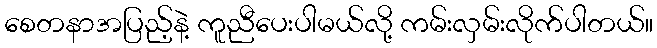
စေတနာအပြည့်နဲ့ ကူညီပေးပါမယ်လို့ ကမ်းလှမ်းလိုက်ပါတယ်။